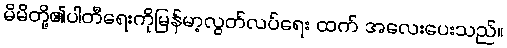
မိမိတို့၏ပါတီရေးကိုမြန်မာ့လွတ်လပ်ရေး ထက် အလေးပေးသည်။